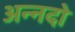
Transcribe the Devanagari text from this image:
अन्नदो